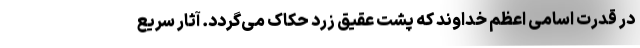
در قدرت اسامی اعظم خداوند که پشت عقیق زرد حکاک می‌گردد. آثار سریع